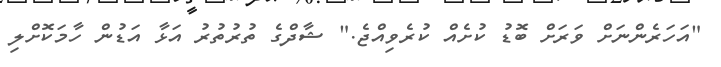
"އަހަރެންނަށް ވަރަށް ބޮޑު ކުށެއް ކުރެވިއްޖެ." ޝާދްގެ ތުރުތުރު އަޅާ އަޑުން ހާމަކޮށްލި